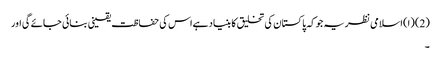
(2) (ا) اسلامی نظریہ جوکہ پاکستان کی تخلیق کا بنیاد ہےاس کی حفاظت یقینی بنائی جائے گی اور
۔